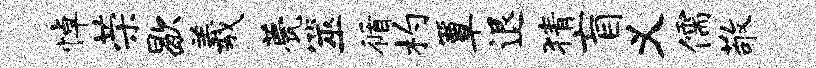
悼荣歇羲甍筮循杓簟退猜盲义儒敬